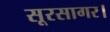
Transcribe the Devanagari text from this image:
सूरसागर।